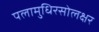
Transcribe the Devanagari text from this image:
पलामुधिरसोलक्षर